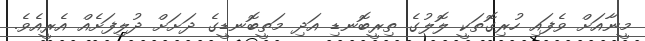
މީނާއަށް ވެފައި ހުރިގޮތަކީ ލޮލުގެ ތިރީބޮނޑި އަދި މަތީބޮނޑީގެ ދަށަށް ދުލިފަށެއް އެރީއެވެ.